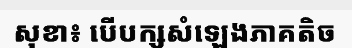
សុខា៖ បើបក្សសំឡេងភាគតិច